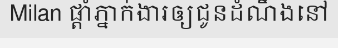
Milan ផ្តាំភ្នាក់ងារឲ្យជូនដំណឹងនៅ